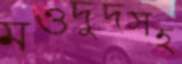
মওদুদসহ